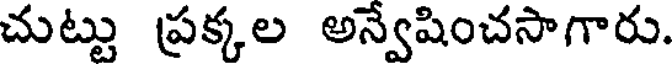
చుట్టు ప్రక్కల అన్వేషించసాగారు.